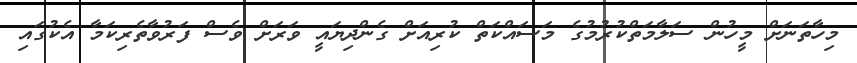
މިހާތަނަށް މީހުން ސަލާމަތްކުރުމުގެ މަސައްކަތް ކުރިއަށް ގެންދިޔައީ ވަރަށް ވެސް ފަރުވާތެރިކަމާ އެކުގައި